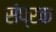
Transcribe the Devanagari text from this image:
संप्रक